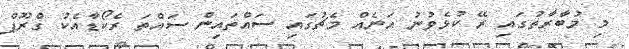
މި މުބާރާތުގައި ރޭ ކުޅެވުނު އަނެއް މެޗުގައި ސައްތައިން ސައްތަ ރެކޯޑާއެކު ގްރޫޕް